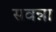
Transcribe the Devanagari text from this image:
सवन्ना